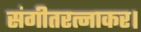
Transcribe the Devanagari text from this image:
संगीतरत्नाकर।